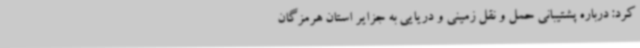
کرد: درباره پشتیبانی حمل و نقل زمینی و دریایی به جزایر استان هرمزگان